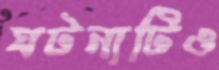
ঘটনাটিও